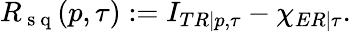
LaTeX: R_{\mathrm{~s~q~}}(p,\tau):=I_{TR|p,\tau}-\chi_{ER|\tau}.